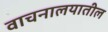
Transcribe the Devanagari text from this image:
वाचनालयातील